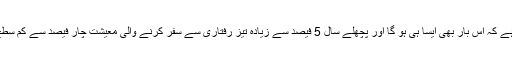
ماہرین کو یقین ہے کہ اس بار بھی ایسا ہی ہو گا اور پچھلے سال 5 فیصد سے زیادہ تیز رفتاری سے سفر کرنے والی معیشت چار فیصد سے کم سطح پر آجائے گی۔